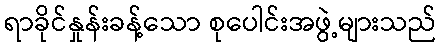
ရာခိုင်နှုန်းခန့်သော စုပေါင်းအဖွဲ့များသည်